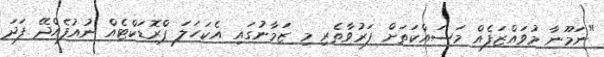
"ނަމޫނާ މުވައްޒަފެއް މަސައްކަތަށް ފަރުވާތެރި މި ޒަމާނުގައި އެކަހަލަ ޕްރޮޑަކްޓެއް ނުއުފެއްދޭ ފަދަ